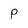
Character: P